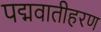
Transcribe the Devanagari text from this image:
पद्मवातीहरण